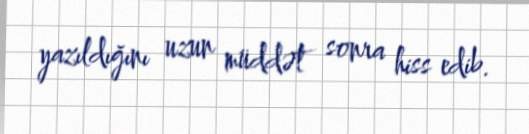
yazıldığını uzun müddət sonra hiss edib.